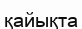
қайықта